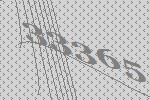
33365